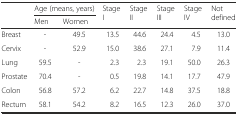
|  | <COLSPAN=2> Age (means, years) | <ROWSPAN=2> Stage I | <ROWSPAN=2> Stage II | <ROWSPAN=2> Stage III | <ROWSPAN=2> Stage IV | <ROWSPAN=2> Not defined |
 |  | Men | Women |
 | --- | --- | --- | --- | --- | --- | --- | --- |
 | Breast | - | 49.5 | 13.5 | 44.6 | 24.4 | 4.5 | 13.0 |
 | Cervix | - | 52.9 | 15.0 | 38.6 | 27.1 | 7.9 | 11.4 |
 | Lung | 59.5 | - | 2.3 | 2.3 | 19.1 | 50.0 | 26.3 |
 | Prostate | 70.4 | - | 0.5 | 19.8 | 14.1 | 17.7 | 47.9 |
 | Colon | 56.8 | 57.2 | 6.2 | 22.7 | 14.8 | 37.5 | 18.8 |
 | Rectum | 58.1 | 54.2 | 8.2 | 16.5 | 12.3 | 26.0 | 37.0 |